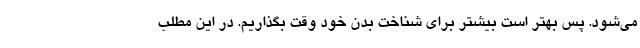
می‌شود. پس بهتر است بیشتر برای شناخت بدن خود وقت بگذاریم. در این مطلب